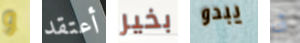
و أعتقد بخير يبدو أنا